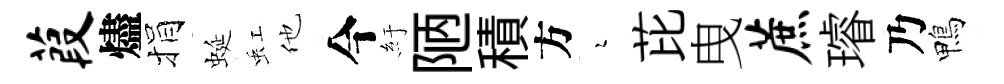
葭燼捐蜒虹他今紆陋積方瑟芘曳蔗璿乃鴨